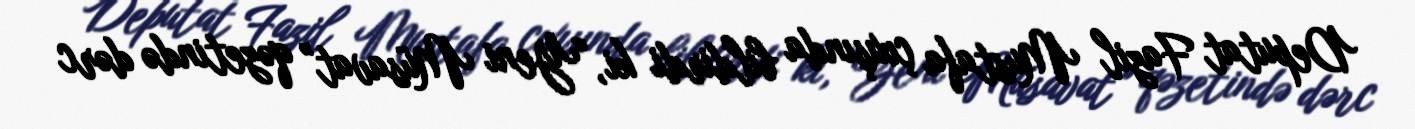
Deputat Fazil Mustafa çıxışında bildirdi ki, “Yeni Müsavat” qəzetində dərc